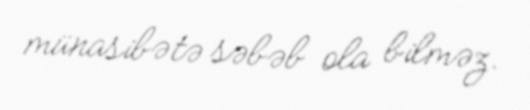
münasibətə səbəb ola bilməz.